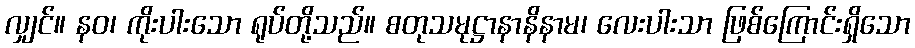
လျှင်။ နဝ၊ ကိုးပါးသော ရုပ်တို့သည်။ စတုသမုဋ္ဌာနာနိနာမ၊ လေးပါးသာ ဖြစ်ကြောင်းရှိသော